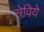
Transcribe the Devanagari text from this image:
सेविये